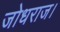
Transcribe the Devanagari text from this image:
जोधराज।